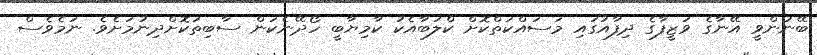
ބޭނުންވީ އޭނާގެ ވަޒީފާގެ ދިފާއުގައި މަސައްކަތްކޮށް ކްލަބާއެކު ކާމިޔާބީ ހޯދޭނެކަން ސާބިތުކޮށްދިނުމަށެވެ. ނަމެވެސް